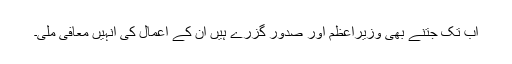
اب تک جتنے بھی وزیراعظم اور صدور گزرے ہیں ان کے اعمال کی انہیں معافی ملی۔